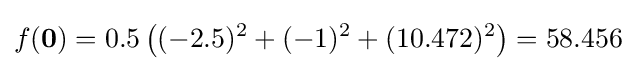
f(\mathbf {0} )=0.5\left((-2.5)^{2}+(-1)^{2}+(10.472)^{2}\right)=58.456